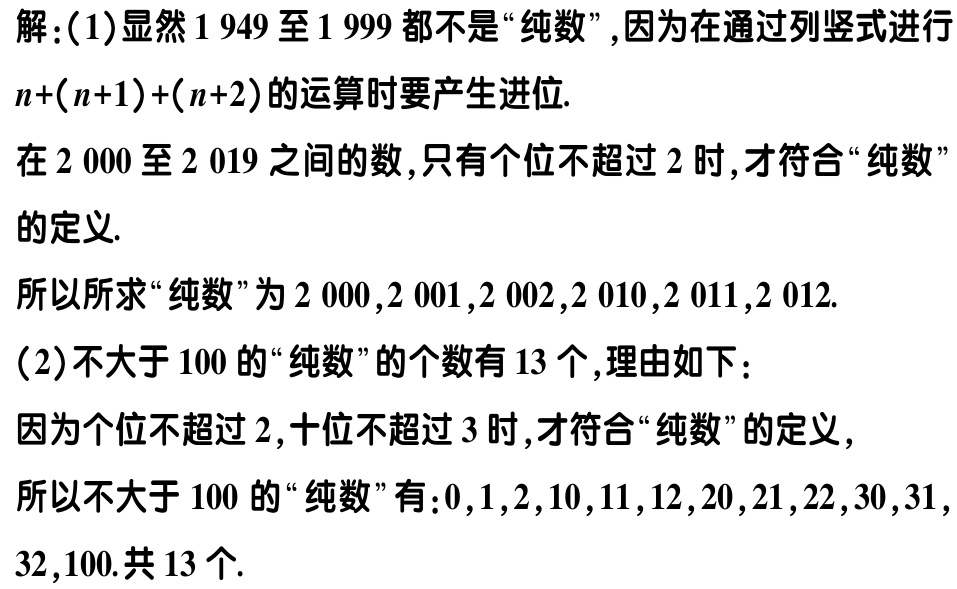
解：(1)显然\(1949\)至\(1999\)都不是“纯数”,因为在通过列竖式进行\(n+(n + 1)+(n + 2)\)的运算时要产生进位.
在\(2000\)至\(2019\)之间的数,只有个位不超过\(2\)时,才符合“纯数”的定义.
所以所求“纯数”为\(2000,2001,2002,2010,2011,2012\).
(2)不大于\(100\)的“纯数”的个数有\(13\)个,理由如下：
因为个位不超过\(2\),十位不超过\(3\)时,才符合“纯数”的定义,
所以不大于\(100\)的“纯数”有:\(0,1,2,10,11,12,20,21,22,30,31,32,100\).共\(13\)个.